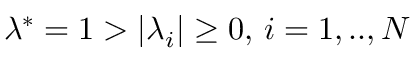
\lambda ^ { * } = 1 > | \lambda _ { i } | \ge 0 , \, i = 1 , . . , N